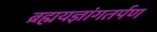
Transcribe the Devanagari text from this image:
ब्रह्मयज्ञांगतर्पण